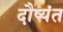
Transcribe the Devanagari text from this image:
दौष्यंत